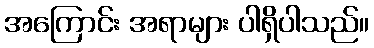
အကြောင်း အရာများ ပါရှိပါသည်။